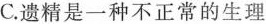
C.遗精是一种不正常的生理